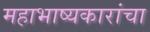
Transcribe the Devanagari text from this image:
महाभाष्यकारांचा